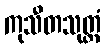
ကုသီတသုတ္တံ